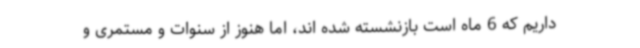
داریم که 6 ماه است بازنشسته شده اند، اما هنوز از سنوات و مستمری و